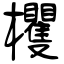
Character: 欔